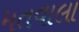
મતવાલા